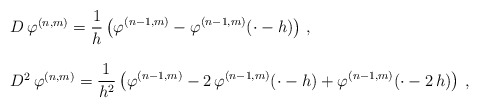
\begin{align*} \begin{array}{l}D\,\varphi^{(n,m)} = \displaystyle \frac 1{h} \left (\varphi^{(n-1,m)}-\varphi^{(n-1,m)}(\cdot-h) \right )\,, \\ \\D^2\,\varphi^{(n,m)} =\displaystyle \frac 1{h^2} \left (\varphi^{(n-1,m)}-2\,\varphi^{(n-1,m)}(\cdot-h)+\varphi^{(n-1,m)}(\cdot-2\,h) \right )\,,\end{array}\end{align*}